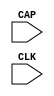
// $Header: /devl/xcs/repo/env/Databases/CAEInterfaces/verunilibs/s/CAPTURE_SPARTAN3.v,v 1.2.22.1 2003/11/18 20:41:33 wloo Exp $
/*

FUNCTION	: Special Function Cell, CAPTURE_SPARTAN3

*/

`timescale  100 ps / 10 ps


module CAPTURE_SPARTAN3 (CAP, CLK);

    input  CAP, CLK;

endmodule